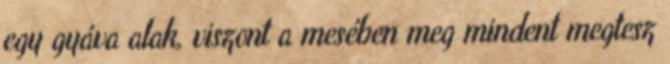
egy gyáva alak, viszont a mesében meg mindent megtesz